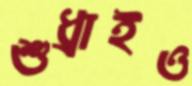
শুধ্‌রাইও